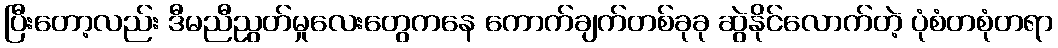
ပြီးတော့လည်း ဒီမညီညွတ်မှုလေးတွေကနေ ကောက်ချက်တစ်ခုခု ဆွဲနိုင်လောက်တဲ့ ပုံစံတစုံတရာ